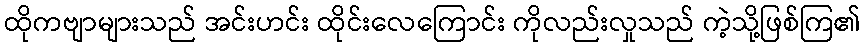
ထိုကဗျာများသည် အင်းဟင်း ထိုင်းလေကြောင်း ကိုလည်းလှုသည် ကဲ့သို့ဖြစ်ကြ၏